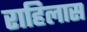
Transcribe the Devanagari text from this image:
राहिलास